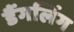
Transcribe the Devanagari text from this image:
डैंगलिंग